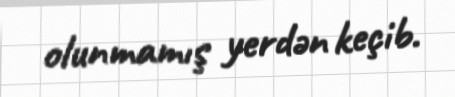
olunmamış yerdən keçib.